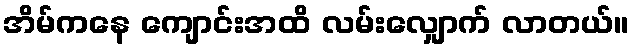
အိမ်ကနေ ကျောင်းအထိ လမ်းလျှောက် လာတယ်။